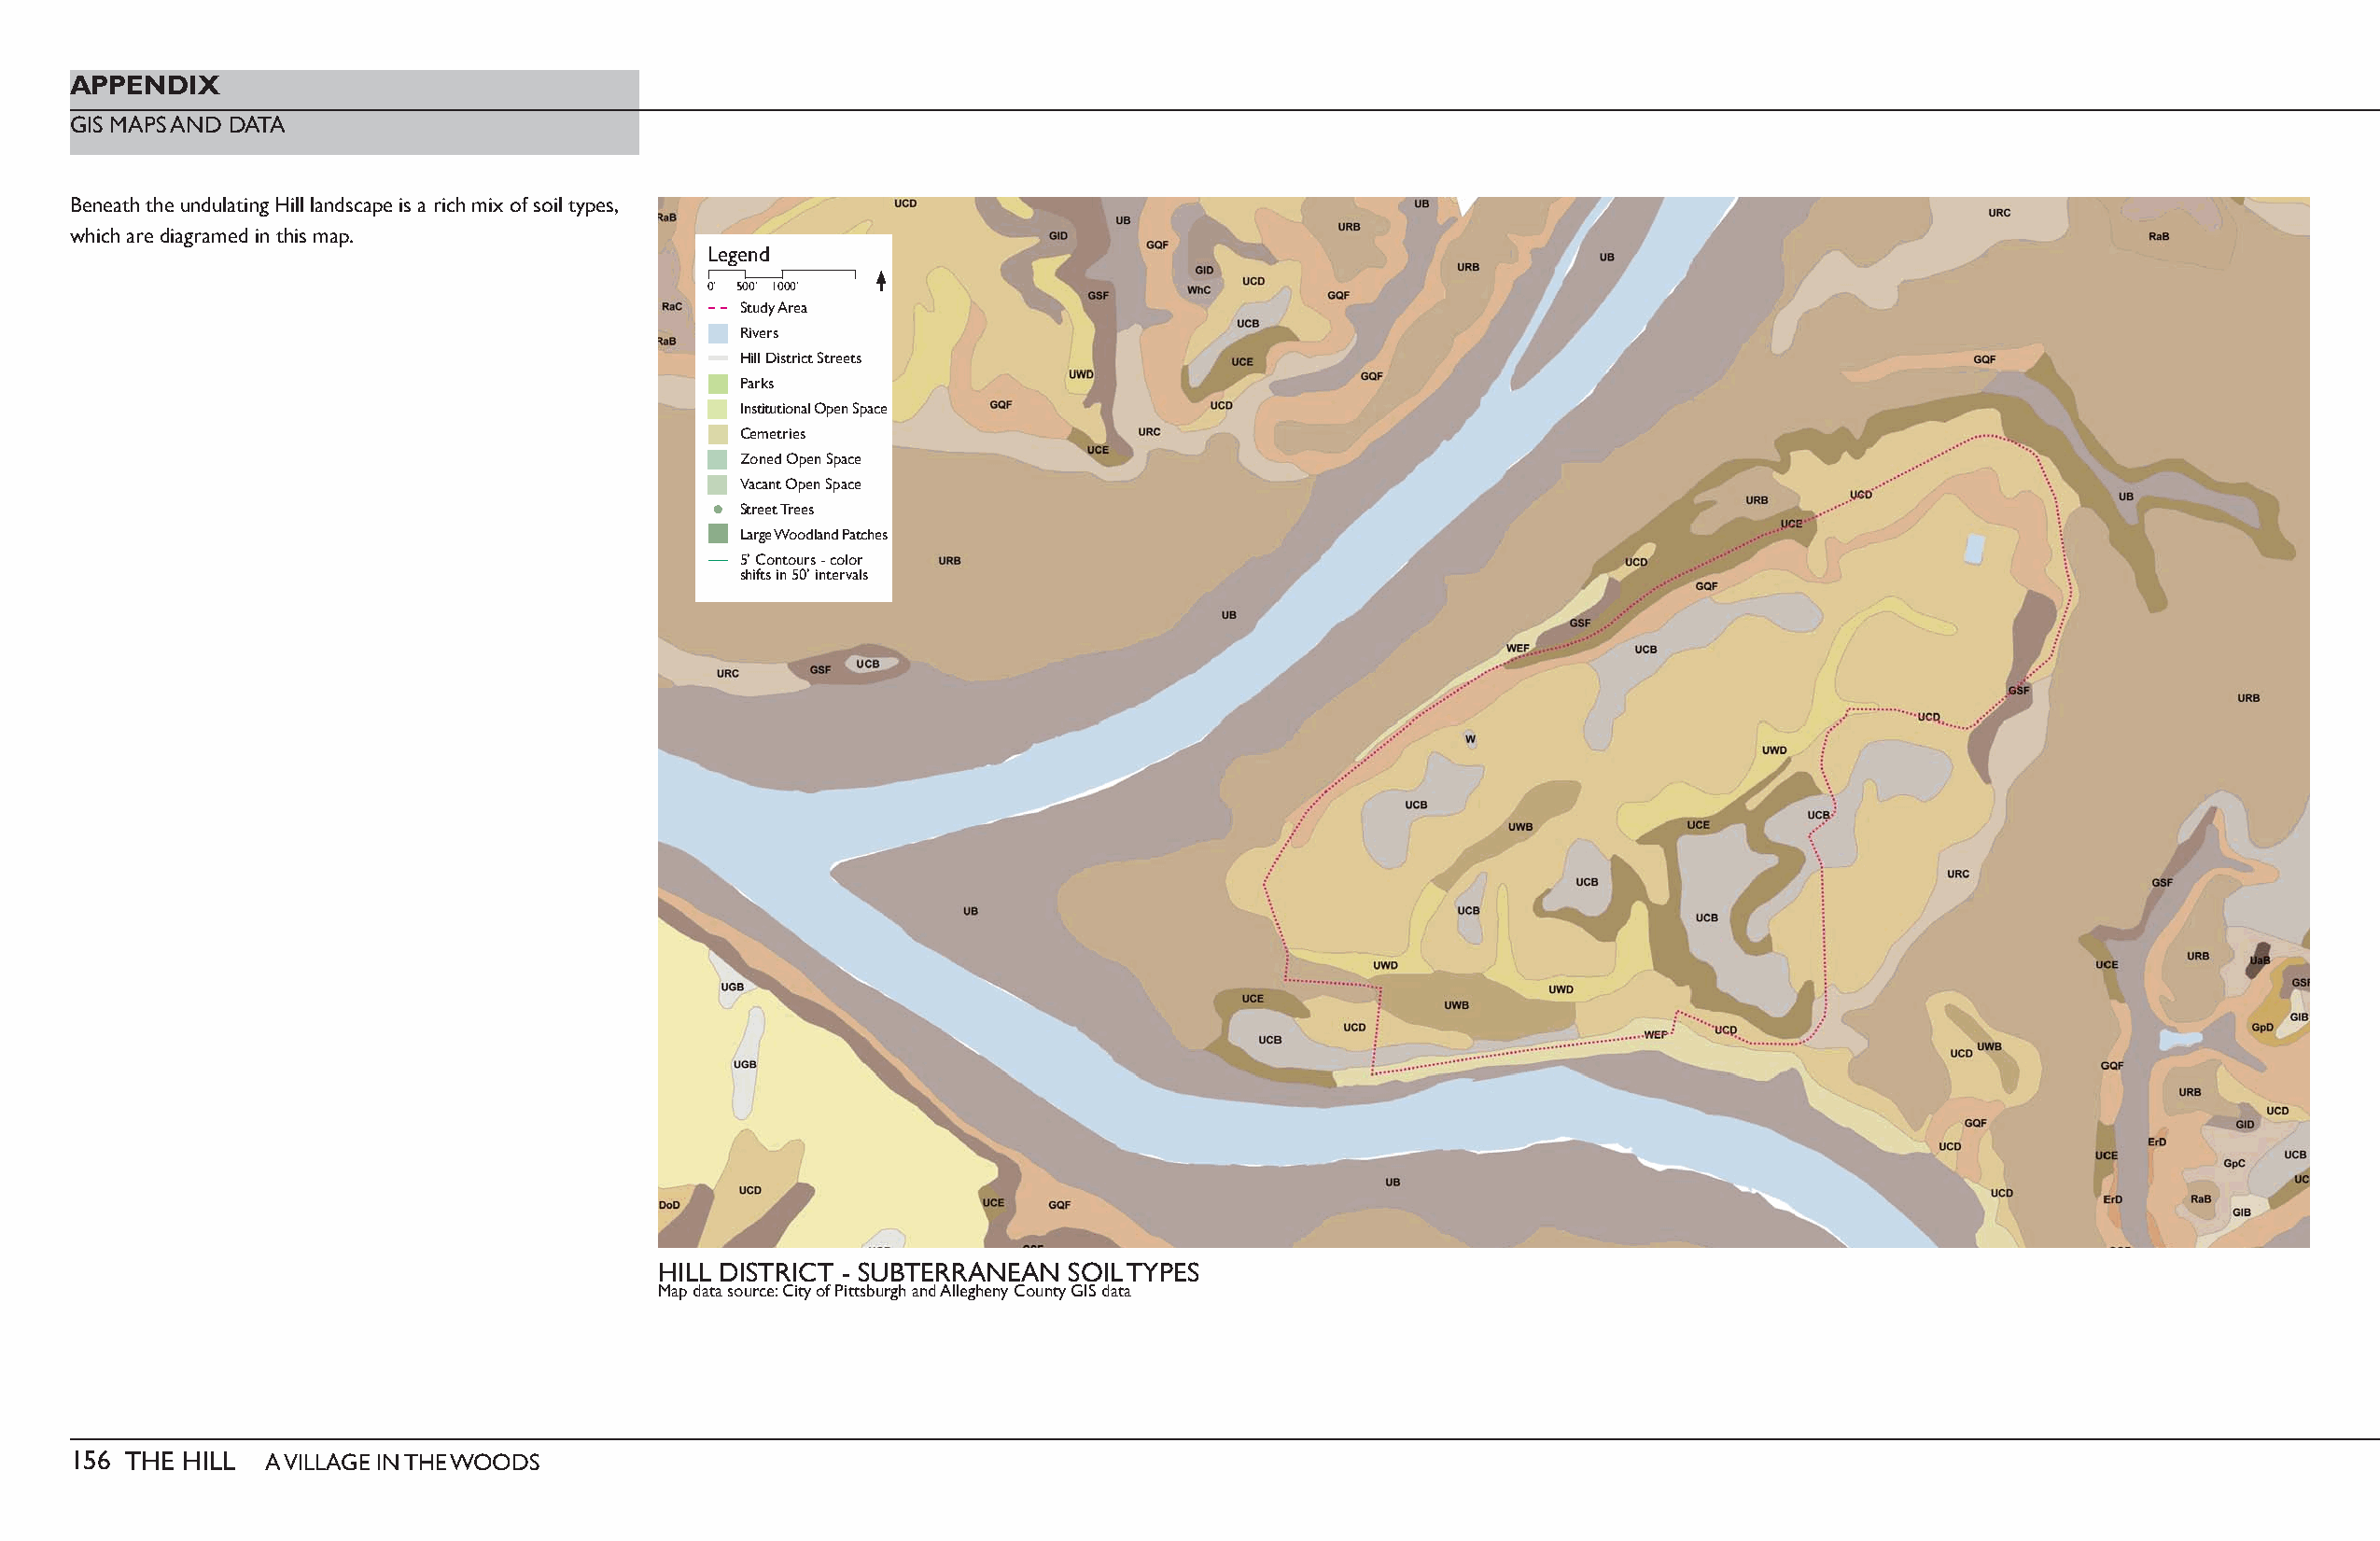
APPENDIX
 GIS MAPS AND DATA
 Beneath the undulating Hill landscape is a rich mix of soil types,
 which are diagramed in this map.
 Legend
 0’ 500’ 1000’
 Study Area
 Rivers
 Hill District Streets
 Parks
 Institutional Open Space
 Cemetries
 Zoned Open Space
 Vacant Open Space
 Street Trees
 Large Woodland Patches
 5’ Contours - color
 shifts in 50’ intervals
 HILL DISTRICT - SUBTERRANEAN SOIL TYPES
 Map data source: City of Pittsburgh and Allegheny County GIS data
 156 THE HILL  A VILLAGE IN THE WOODS